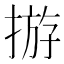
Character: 𢰧